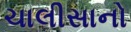
ચાલીસાનો